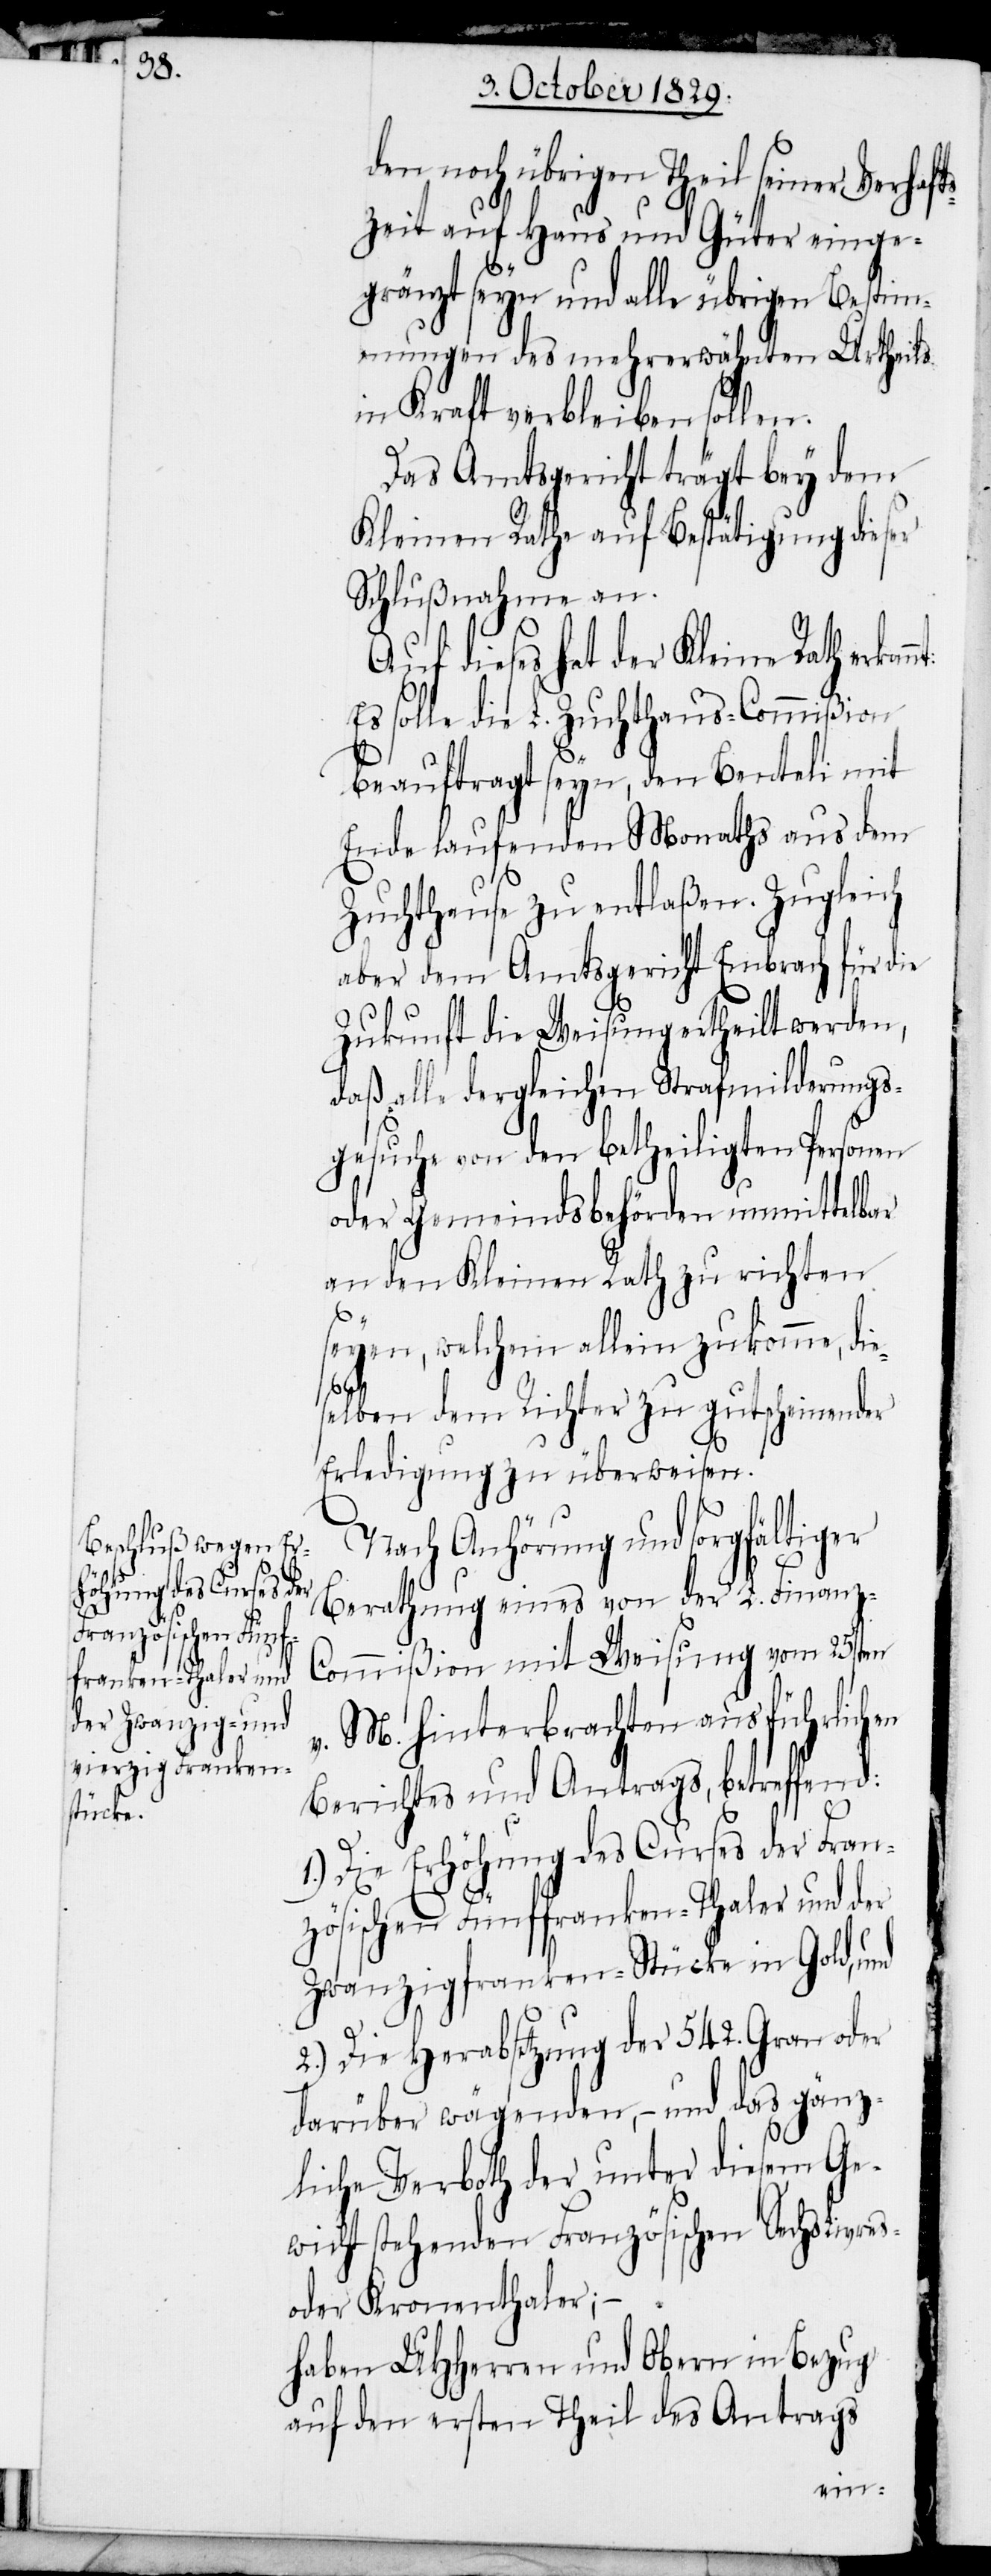
es¬

den noch übrigen Theil seiner Verhaft¬
szeit auf Haus und Güter einge¬
gränzt seyn und alle übrigen Bestim¬
mungen des mehrerwähnten Urtheils
in Kraft verbleiben sollen.
Das Amtsbericht trägt bey dem
Kleinen Rathe auf Bestätigung dieser
Schlußnahme an.
Auf dieses hat der Kleine Rath erkan¬
Es solle die L. Zuchhaus-Commißion
beauftragt seyn, den Benteli mit
Ende laufenden Monaths aus dem
Zuchthause zu entlaßen. Zugleich
aber dem Amtsgericht Embrach für die
Zukunft die Weisung ertheilt werden,
daß alle dergleichen Strafmilderungs¬
gesuche von den betheiligten Personen
oder Gemeindsbehörden unmittelbar
an den Kleinen Rath zu richten
seyen, welchem allein zukomme, di¬
elben dem Richter zu gutscheinender
Erledigung zu überweisen.
Nach Anhörung und sorgfältiger
Berathung eines von der L. Finanz-C¬
ommißion mit Weisung vom 25sten
v. M. hinterbrachten ausführlichen
Berichtes und Antrags, betreffend:
1.) Die Erhöhung des Curses der Fran¬
zösischen Fünffranken-Thaler und der
Zwanzigfranken-Stücke in Gold, und
2.) Die Herabsetzung der 542. Gran oder
darüber wägenden, – und das gänz¬
liche Verboth der unter diesem Ge¬
wicht stehenden Französischen Sechslivres-
oder Kronenthaler;
haben UHHerren und Obern in Bezug
auf den ersten Theil des Antrags